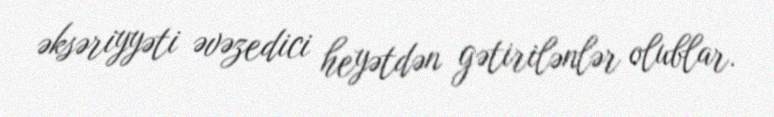
əksəriyyəti əvəzedici heyətdən gətirilənlər olublar.